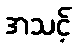
အသင့်